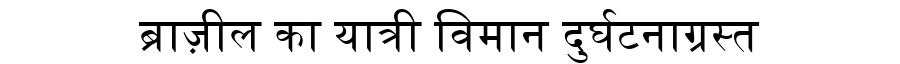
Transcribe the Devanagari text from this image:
ब्राज़ील का यात्री विमान दुर्घटनाग्रस्त